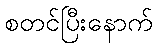
စတင်ပြီးနောက်